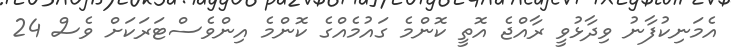
އެމަނިކުފާނު ވިދާޅުވީ ރާއްޖެ އޮތީ ކޮންމެ ގައުމެއްގެ ކޮންމެ އިންވެސްޓަރަކަށް ވެސް 24